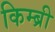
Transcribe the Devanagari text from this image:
किम्ब्री